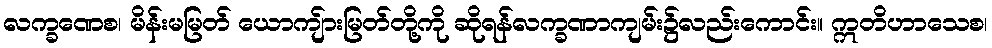
လက္ခဏေစ၊ မိန်းမမြတ် ယောကျ်ားမြတ်တို့ကို ဆိုရန်လက္ခဏာကျမ်း၌လည်းကောင်း။ ဣတိဟာသေစ၊